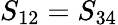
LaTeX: S_{12}=S_{34}